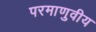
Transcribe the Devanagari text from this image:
परमाणुवीय